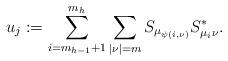
LaTeX: \begin{align*}u_j:=\sum_{i=m_{h-1}+1}^{m_h}\sum_{|\nu|=m}S_{\mu_{\psi(i,\nu)}}S_{\mu_i\nu}^*. \end{align*}